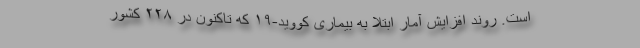
است. روند افزایش آمار ابتلا به بیماری کووید-۱۹ که تاکنون در ۲۲۸ کشور